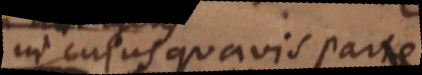
in cujus quavis parte